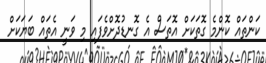
ކަންތައް ކޮންމެ ގޮތަކަށް އޮތަސް އެ ގޮނޑުދޮށްވެފައި މި ވަނީ އެތައް ބަޔަކަށް